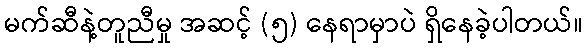
မက်ဆီနဲ့တူညီမှု အဆင့် (၅) နေရာမှာပဲ ရှိနေခဲ့ပါတယ်။